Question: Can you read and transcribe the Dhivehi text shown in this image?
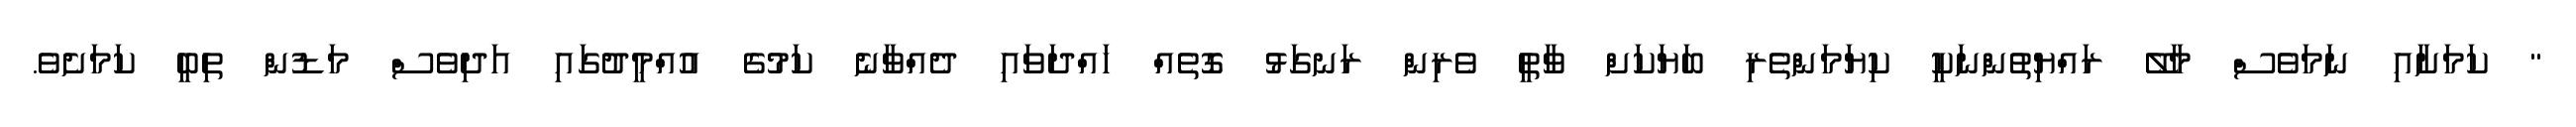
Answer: " ކަމަށާއި ނަމަވެސް މާލޭ ރައްޔިތުންނަކީ ކިޔަމަންތެރި ބަޔަކަށް ވާތީ ވެރިން ރަނގަޅު ގޮތެއް ހައްދަވައި ދެއްވާނެ ކަމުގެ އުއްމީދުގައި އަދިވެސް މަޑުން ތިބީ ކަމަށެވެ.